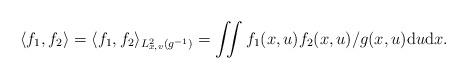
LaTeX: \begin{align*} \langle f_1, f_2 \rangle= \langle f_1, f_2 \rangle_{L_{x,v}^2(g^{-1})} = \iint f_1(x,u)f_2(x,u)/g(x,u) \mathrm{d}u \mathrm{d}x. \end{align*}